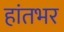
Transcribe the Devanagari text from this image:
हांतभर